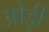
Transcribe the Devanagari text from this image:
ओड़ी